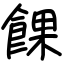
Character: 餜